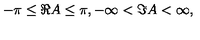
- \pi \leq \Re A \leq \pi , - \infty < \Im A < \infty ,